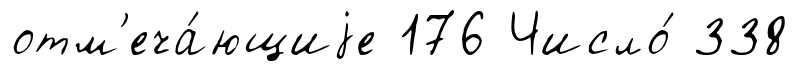
отм'еча́ющиjе 176 Число́ 338